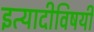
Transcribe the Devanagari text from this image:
इत्यादीविषयी